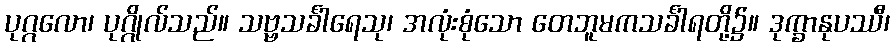
ပုဂ္ဂလော၊ ပုဂ္ဂိုလ်သည်။ သဗ္ဗသင်္ခါရေသု၊ အလုံးစုံသော တေဘူမကသင်္ခါရတို့၌။ ဒုက္ခာနုပဿီ၊